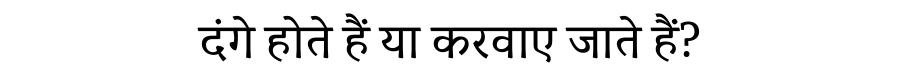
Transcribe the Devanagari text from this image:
दंगे होते हैं या करवाए जाते हैं?